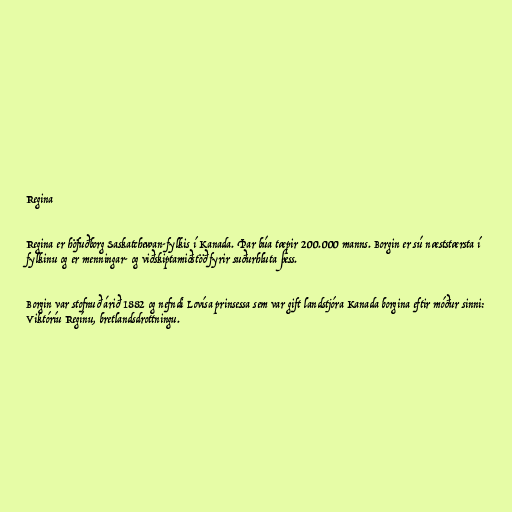
Regina

Regina er höfuðborg Saskatchewan-fylkis í Kanada. Þar búa tæpir 200.000 manns. Borgin er sú næststærsta í
fylkinu og er menningar- og viðskiptamiðstöð fyrir suðurhluta þess.

Borgin var stofnuð árið 1882 og nefndi Lovísa prinsessa sem var gift landstjóra Kanada borgina eftir móður sinni:
Viktóríu Regínu, bretlandsdrottningu.